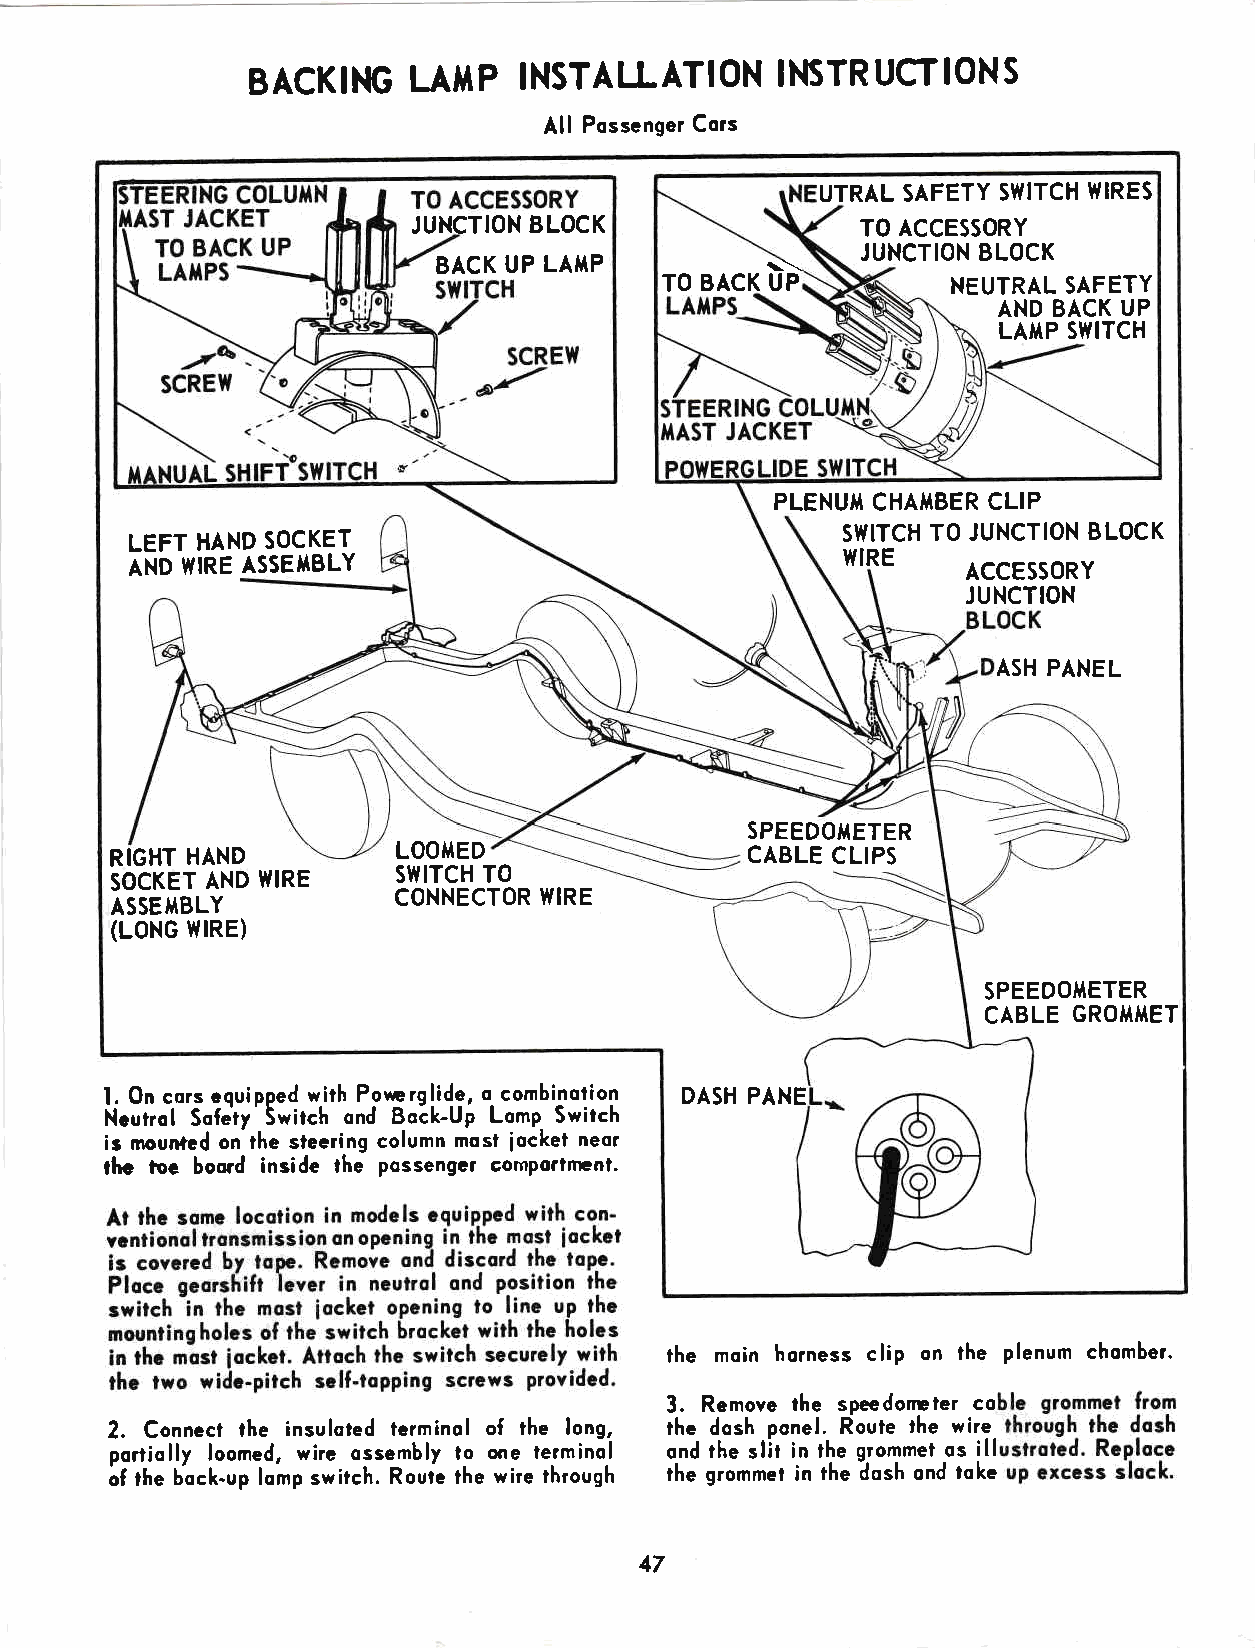
BACKI}G   IJII,IP INSTALLATION    INSTR  UCTIONS
 All Possenger Cors
 UTRAL SAFETY SWITCH WIRES
 JUNCTION BLOCK                TO ACCESSORY
 BACK UP LAilP         \\    JUNCTION BLOCK
 TO BACK UP         NEUTRAL SAFETY
 AND BACK UP
 LA}TP Sl{ITCH
 PLENU}T CHAT{BER CLIP
 LEFT HAND SOCKET                               SWITCH TO JUNCTION BLOCK
 AND tlIRE ASSET{BLY                            WIRE    ACCESSORY
 JUNCTION
 ASH PANEL
 SPEEDOA{ETER
 RIGHT HAND         LOOIIED                CABLE CLIPS
 slltTcH T0
 SOCKET AND WIRE
 CONNECTOR WIRE
 ASSEI,tBLY
 (LoNG l{IRE)
 SPEEDOMETER
 CABLE GROAIIIET
 l. On cors cquipped with Pouerglide, o combinotion DASH PANE
 Ncutrol Sofeiy'Switch ond BoLk-Up Lomp Switch
 ir mouiled on the sleering column mosi iockel neor
 thc toc boord inside lhe Possengcr comportn:nl.
 the moin horness clip on the plenum chomber.
 3. Remove the speedonrler co
 2. Connect the insuloted terminol of the long, the dosh ponel. Route the wire
 portiolly loomed, wire olsembly to one terminol ond the slit in the grommet os ill
 of rhe bock-up lomp switch. Route the wire through lhe grommet in the dosh ond toke
 17